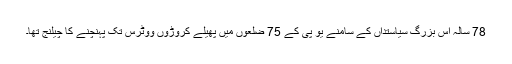
78 سالہ اس بزرگ سیاستداں کے سامنے یو پی کے 75 ضلعوں میں پھیلے کروڑوں ووٹرس تک پہنچنے کا چیلنج تھا۔